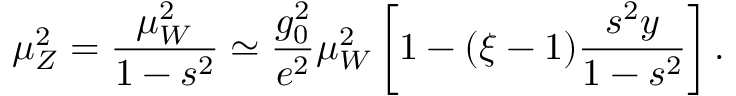
\mu _ { Z } ^ { 2 } = { \frac { \mu _ { W } ^ { 2 } } { 1 - s ^ { 2 } } } \simeq { \frac { g _ { 0 } ^ { 2 } } { e ^ { 2 } } } \mu _ { W } ^ { 2 } \left[ 1 - ( \xi - 1 ) { \frac { s ^ { 2 } y } { 1 - s ^ { 2 } } } \right] .